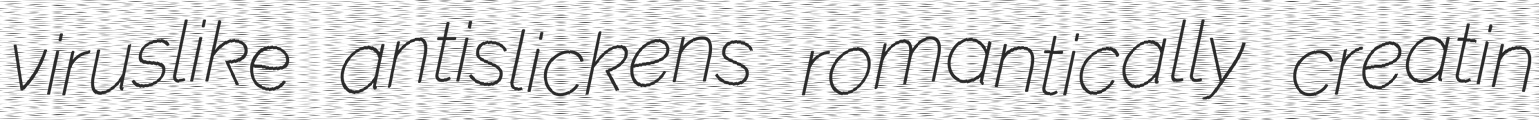
viruslike antislickens romantically creatin